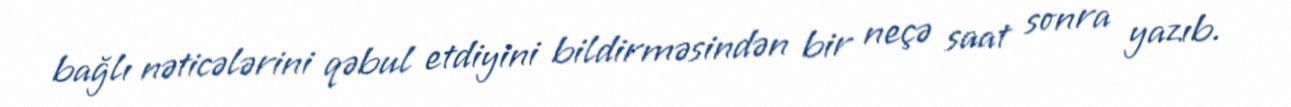
bağlı nəticələrini qəbul etdiyini bildirməsindən bir neçə saat sonra yazıb.